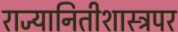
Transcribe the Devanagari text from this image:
राज्यानितीशास्त्रपर